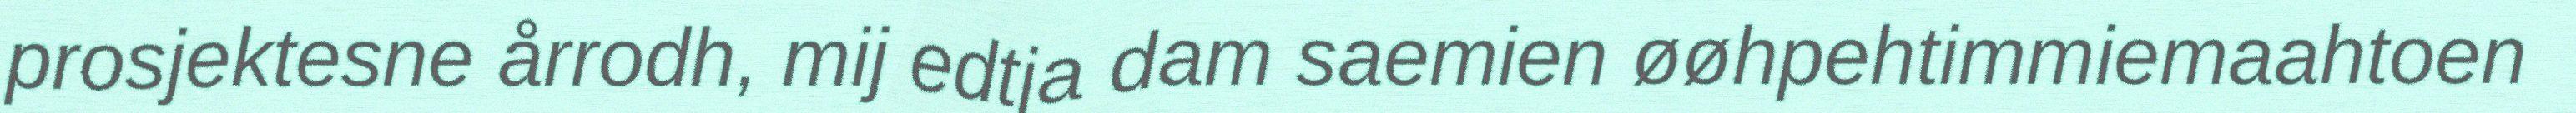
prosjektesne årrodh, mij edtja dam saemien øøhpehtimmiemaahtoen